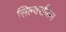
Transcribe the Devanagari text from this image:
सिल्वरफिन